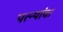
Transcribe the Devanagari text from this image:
पत्‍न्यांचा